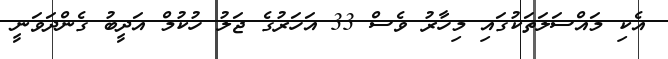
އެކި މައްސަލަތަކުގައި މިހާރު ވެސް 33 އަހަރުގެ ޖަލު ހުކުމް އަދީބު ގެންދަވަނީ